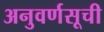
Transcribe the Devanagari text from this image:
अनुवर्णसूची